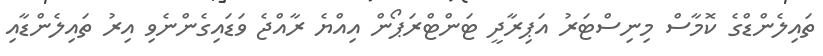
ތައިލެންޑްގެ ކޮމާސް މިނިސްޓަރު އަޕިރާދީ ޓަންޓްރަޕޯން އިއްޔެ ރާއްޖެ ވަޑައިގެންނެވި އިރު ތައިލެންޑާއި